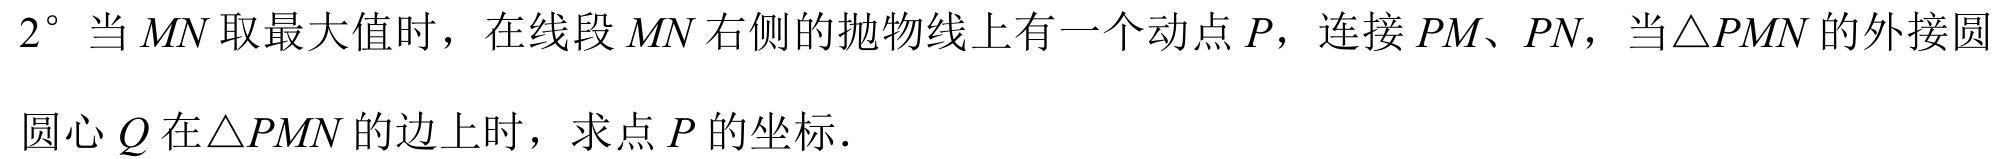
$2^{\circ}$ 当 \(MN\) 取最大值时，在线段 \(MN\) 右侧的抛物线上有一个动点 \(P\)，连接 \(PM、PN\)，当\(\triangle PMN\) 的外接圆圆心 \(Q\) 在\(\triangle PMN\) 的边上时，求点 \(P\) 的坐标.